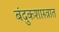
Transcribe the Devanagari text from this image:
बंदुकशास्त्रात